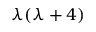
\lambda ( \lambda + 4 )